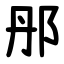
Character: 䢷